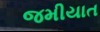
જમીયાત